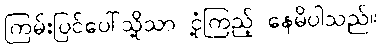
ကြမ်းပြင်ပေါ်သို့သာ ငုံ့ကြည့် နေမိပါသည်။